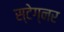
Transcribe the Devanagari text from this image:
स्टेग्नर